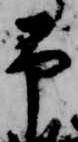
予